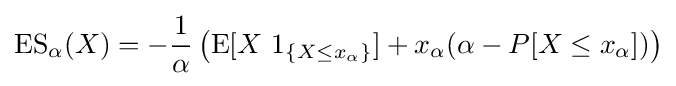
\operatorname {ES} _{\alpha }(X)=-{\frac {1}{\alpha }}\left(\operatorname {E} [X\ 1_{\{X\leq x_{\alpha }\}}]+x_{\alpha }(\alpha -P[X\leq x_{\alpha }])\right)